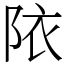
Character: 䧇